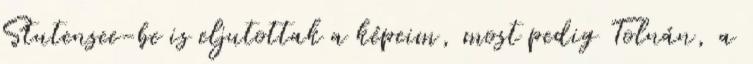
Stutensee-be is eljutottak a képeim, most pedig Tolnán, a